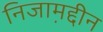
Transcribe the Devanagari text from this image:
निजाम़द्दीन